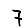
Digit: 7